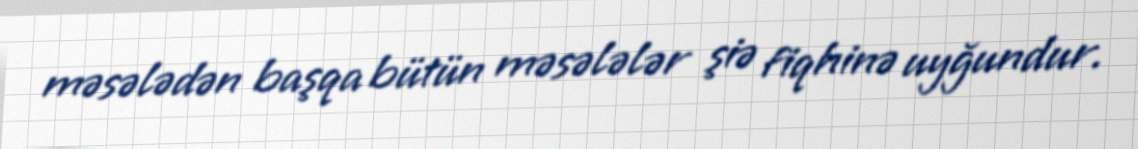
məsələdən başqa bütün məsələlər şiə fiqhinə uyğundur.